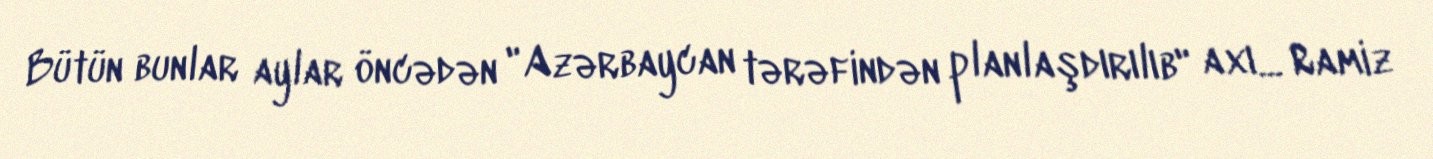
Bütün bunlar aylar öncədən "Azərbaycan tərəfindən planlaşdırılıb" axı... Ramiz